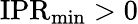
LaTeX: \mathrm{IPR}_{\operatorname*{min}}>0